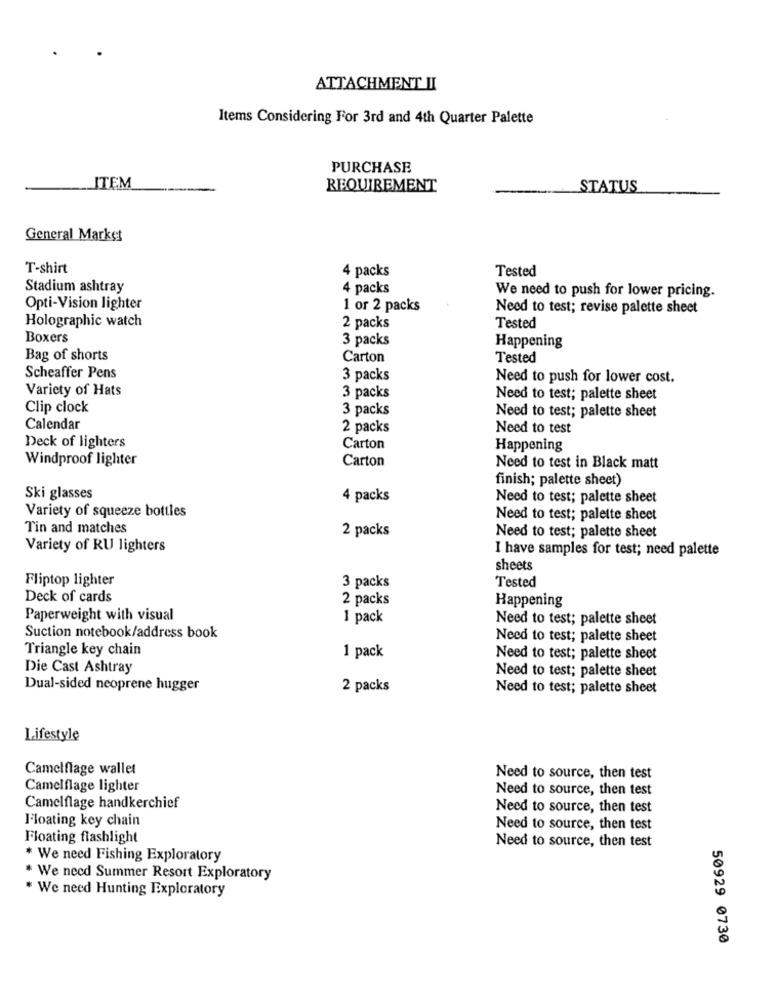
ATTACHMENT II
Items Considering For 3rd and 4th Quarter Palette
PURCHASE
ITEM
REQUIREMENT
STATUS
General Market
T-shirt
4 packs
Tested
Stadium ashtray
4 packs
We need to push for lower pricing.
Opti-Vision lighter
1 or 2 packs
Need to test; revise palette sheet
Holographic watch
2 packs
Tested
Boxers
3 packs
Happening
Bag of shorts
Carton
Tested
Scheaffer Pens
3 packs
Need to push for lower cost.
Variety of Hats
3 packs
Need to test; palette sheet
Clip clock
3 packs
Need to test; palette sheet
Calendar
2 packs
Need to test
Deck of lighters
Carton
Happening
Windproof lighter
Carton
Need to test in Black matt
finish; palette sheet)
Ski glasses
4 packs
Need to test; palette sheet
Variety of squeeze bottles
Need to test; palette sheet
Tin and matches
2 packs
Need to test; palette sheet
Variety of RU lighters
I have samples for test; need palette
sheets
Fliptop lighter
3 packs
Tested
Deck of cards
2 packs
Happening
Paperweight with visual
1 pack
Need to test; palette sheet
Suction notebook/address book
Need to test; palette sheet
Triangle key chain
1 pack
Need to test; palette sheet
Die Cast Ashtray
Need to test; palette sheet
Dual-sided neoprene hugger
2 packs
Need to test; palette sheet
Lifestyle
Camelflage wallet
Need to source, then test
Camelflage lighter
Need to source, then test
Camelflage handkerchief
Need to source, then test
Floating key chain
Need to source, then test
Floating flashlight
Need to source, then test
* We need Fishing Exploratory
* We need Summer Resort Exploratory
* We need Hunting Exploratory
50929 0730